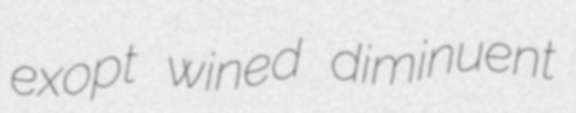
exopt wined diminuent